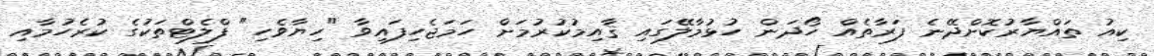
ކިއު ތައްޔާރުކޮށްދޭނެ ފަރާތެއް ހޯދަން ހުޅުމާލޭގައި ޤާއިމުކުރުމަށް ހަމަޖެހިފައިވާ "ހިޔާވެހި" ފްލެޓްތަކުގެ ކުރެހުމާއި